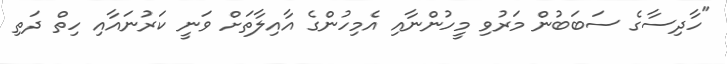
"ހާދިސާގެ ސަބަބުން މަރުވި މީހުންނާއި އެމިހުންގެ އާއިލާތަށް ވަނީ ކަރުނައާއި ހިތް ދަތި